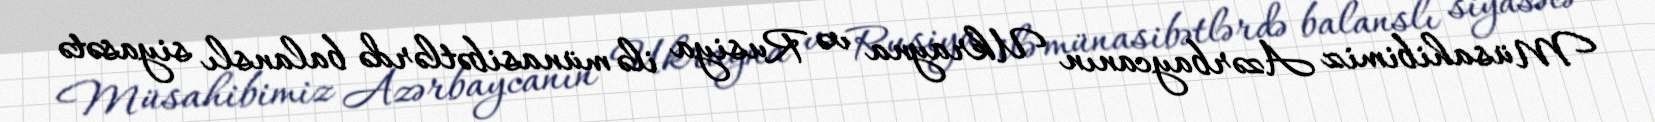
Müsahibimiz Azərbaycanın Ukrayna və Rusiya ilə münasibətlərdə balanslı siyasətə